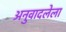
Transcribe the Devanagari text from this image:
अनुवादलेला